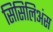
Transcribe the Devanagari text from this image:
सिसिलिअंस